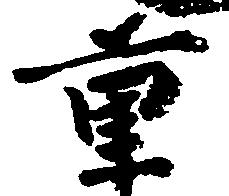
重